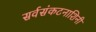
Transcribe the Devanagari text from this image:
सर्वसंकटनाशिनी